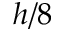
h / 8